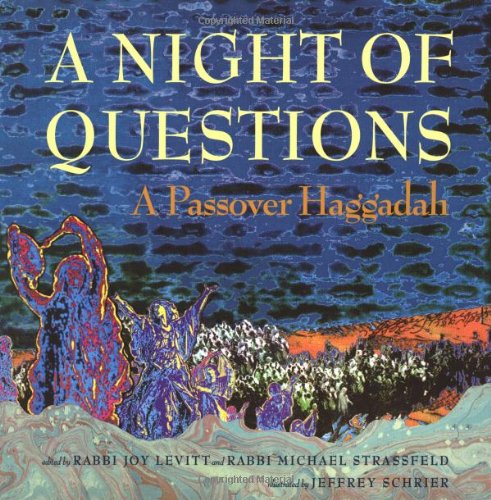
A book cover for A Night of Questions: A Passover Haggadah; Religion & Spirituality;